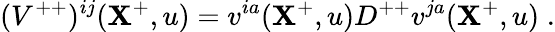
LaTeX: ({V}^{++})^{ij}(\mathbf{X}^{+},u)=v^{ia}(\mathbf{X}^{+},u)D^{++}v^{ja}(\mathbf{X}^{+},u)\; .